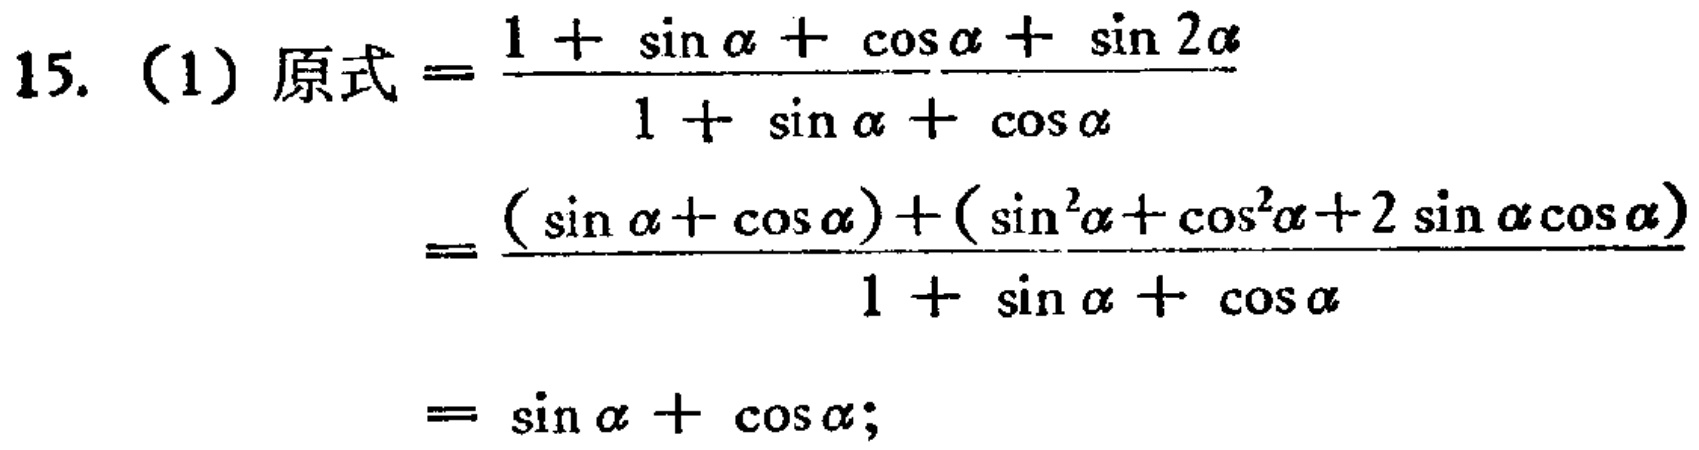
15. (1) 原式$=\frac{1 + \sin\alpha+\cos\alpha+\sin2\alpha}{1 + \sin\alpha+\cos\alpha}$

$=\frac{(\sin\alpha+\cos\alpha)+(\sin^{2}\alpha+\cos^{2}\alpha + 2\sin\alpha\cos\alpha)}{1 + \sin\alpha+\cos\alpha}$

$=\sin\alpha+\cos\alpha$;